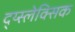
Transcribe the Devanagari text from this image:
द्य्स्लेक्सिक